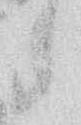
候